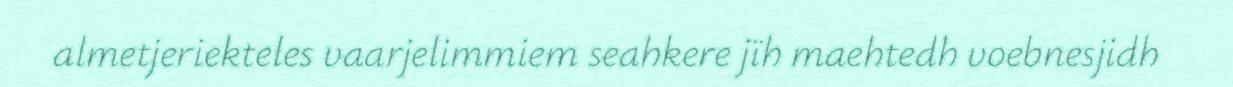
almetjeriekteles vaarjelimmiem seahkere jïh maehtedh voebnesjidh